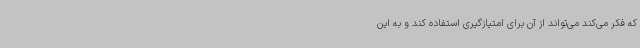
که فکر می‌کند می‌تواند از آن برای امتیازگیری استفاده کند و به این